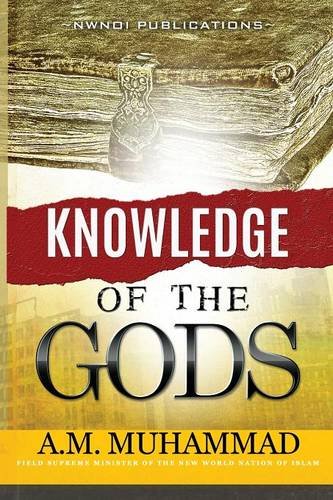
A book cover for Knowledge of The Gods; A. M. Muhammad; Religion & Spirituality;